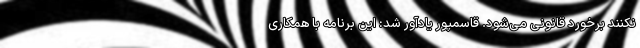
نکنند برخورد قانونی می‌شود. قاسمپور یادآور شد: این برنامه با همکاری